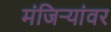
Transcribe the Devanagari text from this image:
मंजिऱ्यांवर